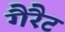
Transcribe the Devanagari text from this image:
गैरैट